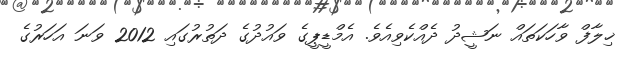
ޚިލާފް ވާހަކަތައް ނަޝީދު ދެއްކެވިއެވެ. އެމްޑީޕީގެ ވައުދުގެ ދަތުރުގައި 2012 ވަނަ އަހަރުގެ